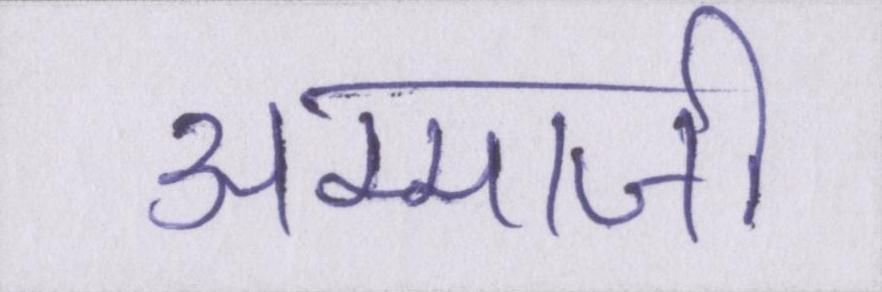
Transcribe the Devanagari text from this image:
अम्माजी